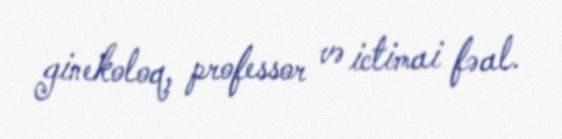
ginekoloq, professor və ictimai fəal.